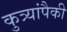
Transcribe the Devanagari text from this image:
कुत्र्यांपैकी